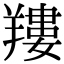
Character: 𦎹